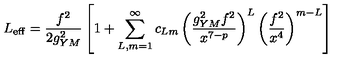
L _ { \mathrm { e f f } } = { \frac { f ^ { 2 } } { 2 g _ { Y M } ^ { 2 } } } \left[ 1 + \sum _ { L , m = 1 } ^ { \infty } c _ { L m } \left( { \frac { g _ { Y M } ^ { 2 } f ^ { 2 } } { x ^ { 7 - p } } } \right) ^ { L } \left( { \frac { f ^ { 2 } } { x ^ { 4 } } } \right) ^ { m - L } \right]